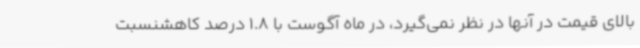
بالای قیمت در آنها در نظر نمی‌گیرد، در ماه آگوست با 1.8 درصد کاهشنسبت